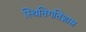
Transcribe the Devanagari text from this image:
स्थितिगतिशास्त्र